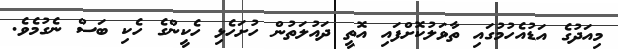
މިއަދުގެ އަޑުއެހުމުގައި ތާވަލުކޮށްފައި އޮތީ ދައުލަތުން ހުށަހެޅި ހެކީންގެ ހެކި ބަސް ނެގުމެވެ.